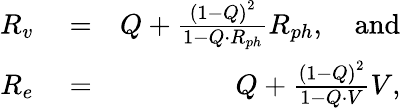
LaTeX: \begin{array}{rlr}{R_{v}}&{{}=}&{Q+\frac{\left(1-Q\right)^{2}}{1-Q\cdot R_{ph}}R_{ph},\quad\mathrm{and}}\\ {R_{e}}&{{}=}&{Q+\frac{\left(1-Q\right)^{2}}{1-Q\cdot V}V,}\end{array}